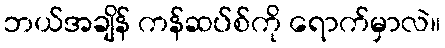
ဘယ်အချိန် ကန်ဆပ်စ်ကို ရောက်မှာလဲ။